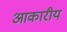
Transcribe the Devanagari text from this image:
आकारीय